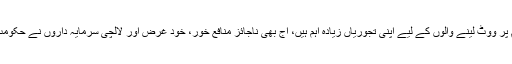
آج بھی آپکی خدمت کے نام پر ووٹ لینے والوں کے لیے اپنی تجوریاں زیادہ اہم ہیں، آج بھی ناجائز منافع خور، خود غرض اور لالچی سرمایہ داروں نے حکومت کو بے بس کر رکھا ہے۔